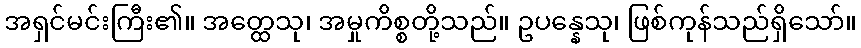
အရှင်မင်းကြီး၏။ အတ္ထေသု၊ အမှုကိစ္စတို့သည်။ ဥပန္နေသု၊ ဖြစ်ကုန်သည်ရှိသော်။